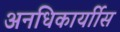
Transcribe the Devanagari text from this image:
अनधिकार्याीस